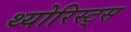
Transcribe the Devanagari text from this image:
थ्योरिस्ट्स